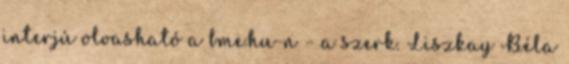
interjú olvasható a bme.hu-n – a szerk. Liszkay Béla